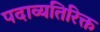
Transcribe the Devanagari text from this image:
पदाव्यतिरिक्त